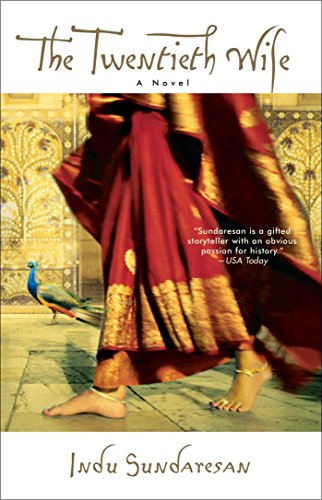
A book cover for The Twentieth Wife: A Novel; Indu Sundaresan; Literature & Fiction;